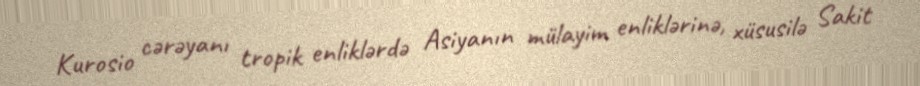
Kurosio cərəyanı tropik enliklərdə Asiyanın mülayim enliklərinə, xüsusilə Sakit